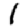
Digit: 1